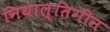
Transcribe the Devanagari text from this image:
नियाल्तिगीन